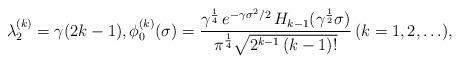
LaTeX: \begin{align*}\lambda_2^{(k)} = \gamma (2k-1), \phi_0^{(k)}(\sigma) = \frac{\gamma^{\frac 14} \, e^{-\gamma \sigma^2/2}\, H_{k-1}(\gamma^{\frac 12} \sigma)}{\pi^{\frac 14} \sqrt{ 2^{k-1}\, (k-1)! }}\, (k = 1,2,\ldots),\end{align*}